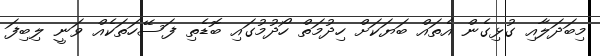
މިބަދަލާއި ގުޅިގެން އެތައް ބަޔަކަށް ހިދުމަތް ހޯދުމުގައި ބޮޑެތި ފަސޭހަތަކެއް ވަނީ ލިބިފަ